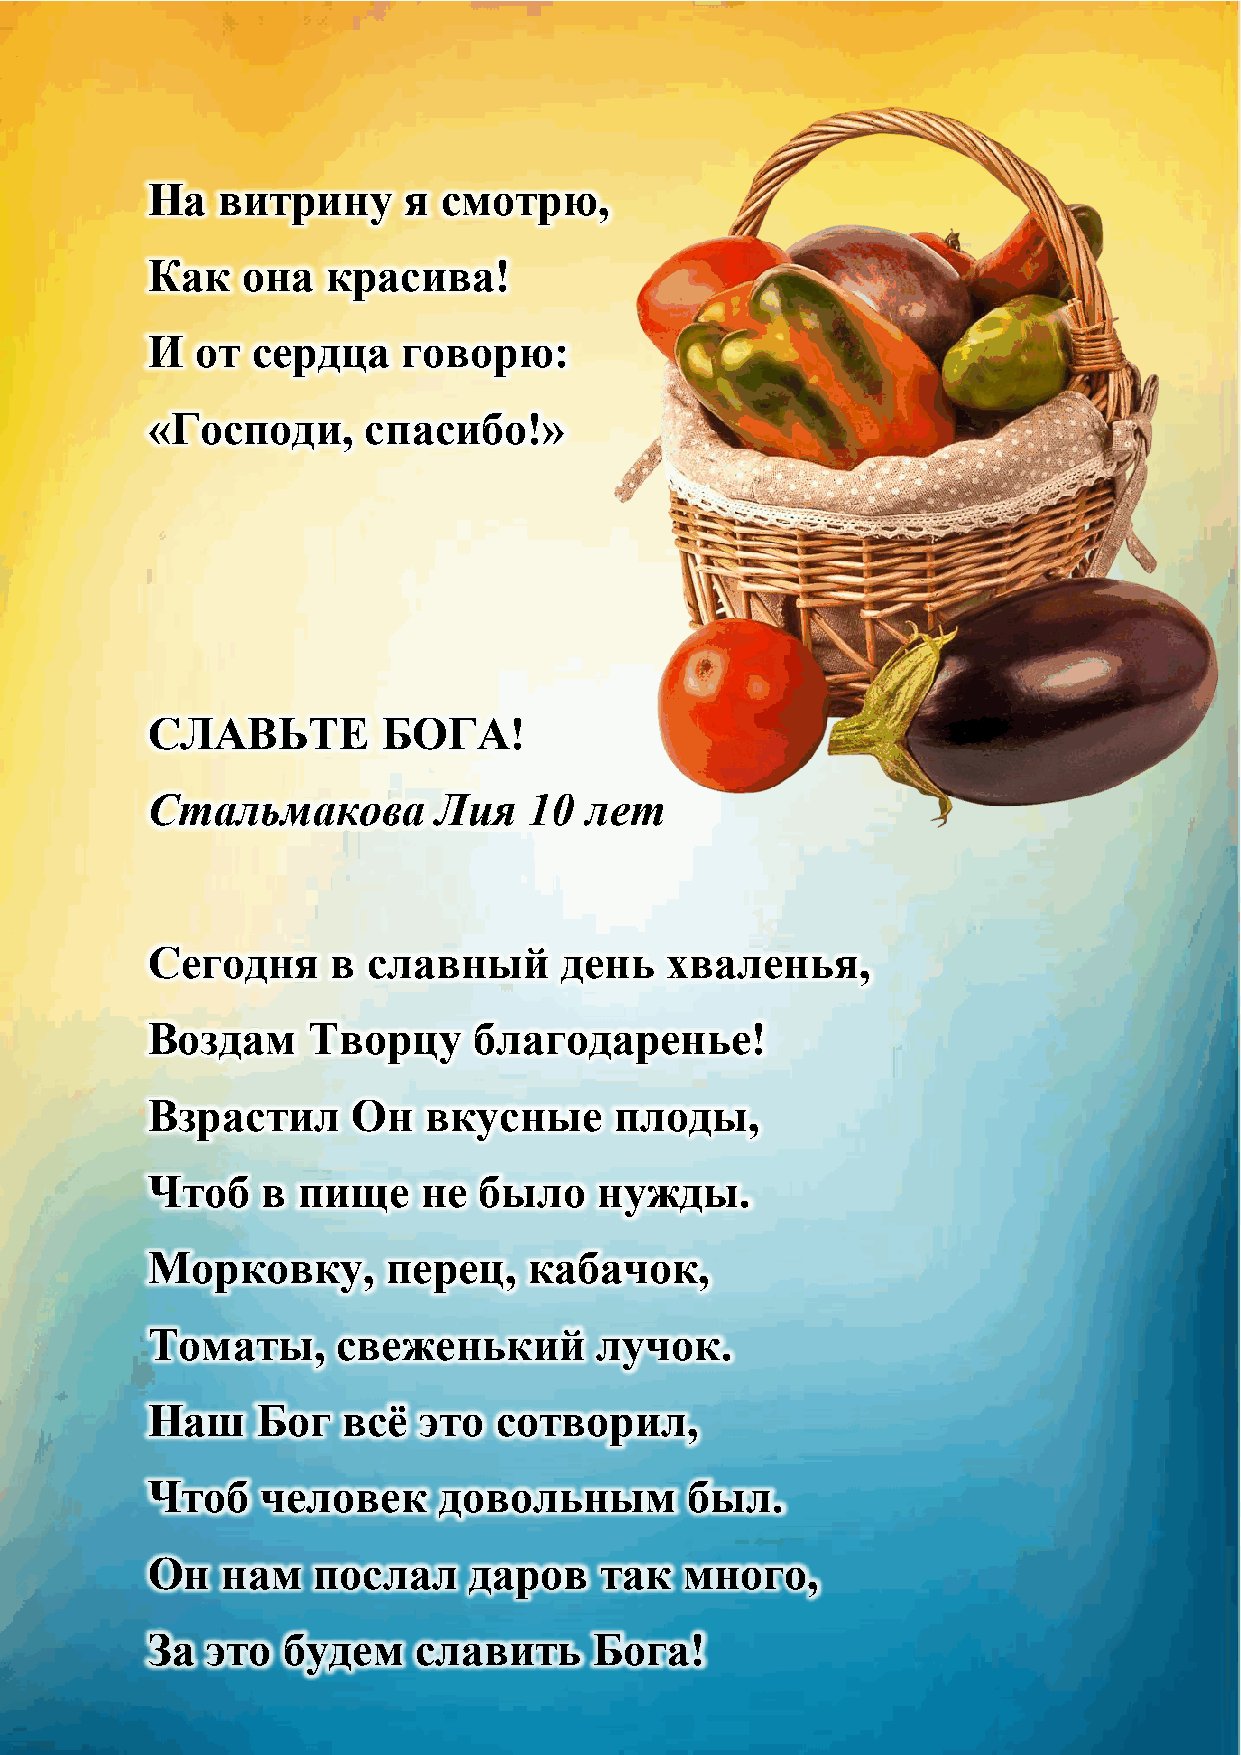
На  витрину      я смотрю,
 Как   она   красива!
 И  от  сердца    говорю:
 «Господи,     спасибо!»
 СЛАВЬТЕ        БОГА!
 Стальмакова        Лия   10  лет
 Сегодня     в славный      день   хваленья,
 Воздам    Творцу     благодаренье!
 Взрастил     Он   вкусные      плоды,
 Чтоб   в  пище    не  было    нужды.
 Морковку,       перец,   кабачок,
 Томаты,     свеженький        лучок.
 Наш    Бог   всѐ  это  сотворил,
 Чтоб   человек     довольным        был.
 Он   нам   послал    даров    так  много,
 За  это  будем   славить     Бога!